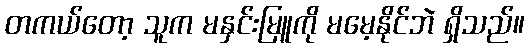
တကယ်တော့ သူက မနှင်းမြူကို မမေ့နိုင်ဘဲ ရှိသည်။